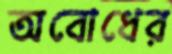
অবোধের